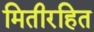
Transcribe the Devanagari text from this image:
मितीरहित